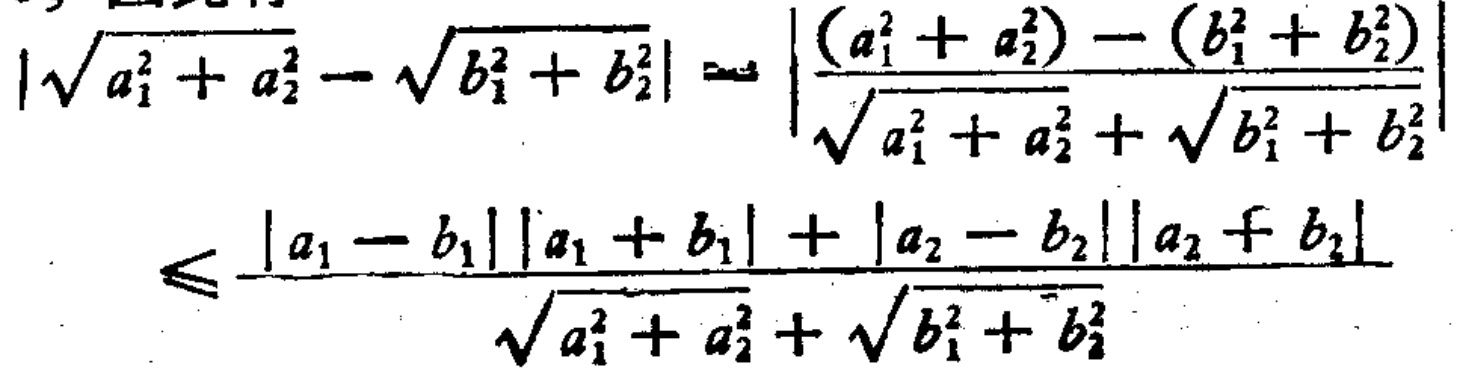
\[

\begin{align*}

|\sqrt{a_1^2 + a_2^2}-\sqrt{b_1^2 + b_2^2}|&=\left|\frac{(a_1^2 + a_2^2)-(b_1^2 + b_2^2)}{\sqrt{a_1^2 + a_2^2}+\sqrt{b_1^2 + b_2^2}}\right|\\

&\leqslant\frac{|a_1 - b_1||a_1 + b_1|+|a_2 - b_2||a_2 + b_2|}{\sqrt{a_1^2 + a_2^2}+\sqrt{b_1^2 + b_2^2}}

\end{align*}

\]